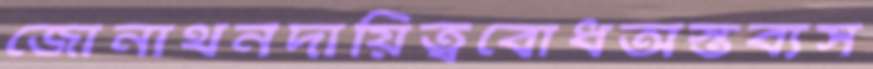
জোনাথনদায়িত্ববোধঅস্তব্যস